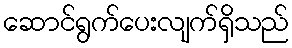
ဆောင်ရွက်ပေးလျက်ရှိသည်